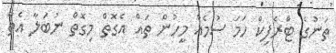
ތަނުގެ ޓްރެފިކް ހަމަ ސުމެއް މީހުން ތައް އެގޮތް މިގޮތް ނުބަލާ އެތާ